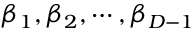
\beta _ { 1 } , \beta _ { 2 } , \cdots , \beta _ { D - 1 }